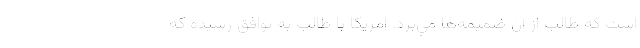
است كه طالب از آن ضميمه‌ها مي‌برد. امريكا با طالب به توافق رسيده كه